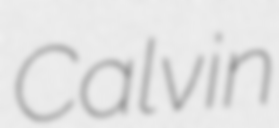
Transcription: Calvin